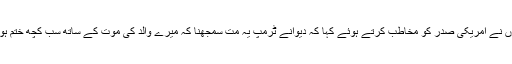
انہوں نے امریکی صدر کو مخاطب کرتے ہوئے کہا کہ دیوانے ٹرمپ یہ مت سمجھنا کہ میرے والد کی موت کے ساتھ سب کچھ ختم ہوگیا۔